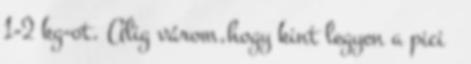
1-2 kg-ot. Alig várom,hogy kint legyen a pici 🙂